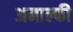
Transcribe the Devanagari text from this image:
अमाल्फी